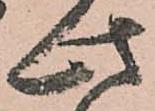
此